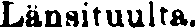
Länsituulta.